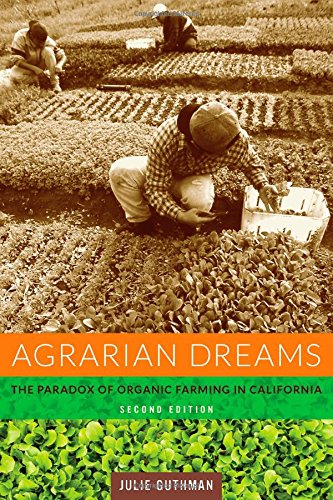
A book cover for Agrarian Dreams: The Paradox of Organic Farming in California (California Studies in Critical Human Geography); Julie Guthman; Cookbooks, Food & Wine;